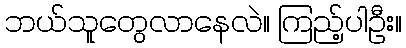
ဘယ်သူတွေလာနေလဲ။ ကြည့်ပါဦး။